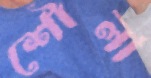
শৌলা